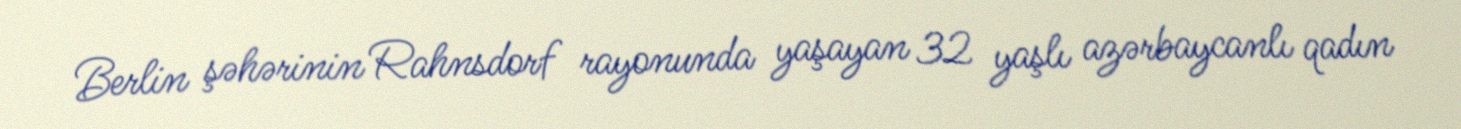
Berlin şəhərinin Rahnsdorf rayonunda yaşayan 32 yaşlı azərbaycanlı qadın